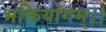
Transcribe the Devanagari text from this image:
भक्तियोगम्‌।।